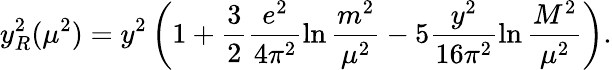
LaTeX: y_{R}^{2}(\mu^{2})=y^{2}\left(1+\frac{3}{2}\frac{e^{2}}{4\pi^{2}}\ln\frac{m^{2}}{\mu^{2}}-5\frac{y^{2}}{16\pi^{2}}\ln\frac{M^{2}}{\mu^{2}}\right).